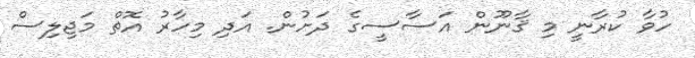
ހުވާ ކުރާނީ މި ޤާނޫން އަސާސީގެ ދަށުން. އަދި މިހާރު އޮތް މަޖިލިސް